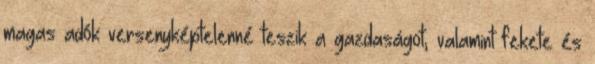
magas adók versenyképtelenné teszik a gazdaságot, valamint fekete és